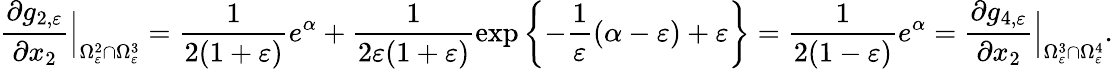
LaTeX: \frac{\partial g_{2,\varepsilon}}{\partial x_{2}}\Big|_{\Omega_{\varepsilon}^{2}\cap\Omega_{\varepsilon}^{3}}=\frac{1}{2(1+\varepsilon)}e^{\alpha}+\frac{1}{2\varepsilon(1+\varepsilon)}\exp\left\{ -\frac{1}{\varepsilon}(\alpha-\varepsilon)+\varepsilon\right\} =\frac{1}{2(1-\varepsilon)}e^{\alpha}=\frac{\partial g_{4,\varepsilon}}{\partial x_{2}}\Big|_{\Omega_{\varepsilon}^{3}\cap\Omega_{\varepsilon}^{4}}.